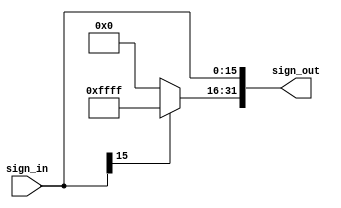
module SignExtension (sign_in, sign_out);
	input [15:0] sign_in;
	output [31:0] sign_out;
	assign sign_out[15:0]=sign_in[15:0];
	assign sign_out[31:16]=sign_in[15]?16'b1111_1111_1111_1111:16'b0;
endmodule